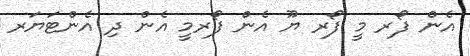
އެން ފޯރ މީ ފޯރ ޔޫ އެން ފޯރމީ އެން ދި އެންޓަޔަރ